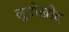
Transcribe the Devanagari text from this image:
लुनोखोद